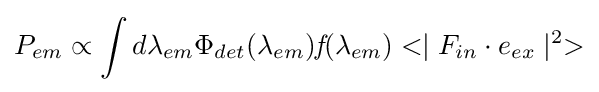
P_{em}\propto \int d\lambda _{em}\Phi _{det}(\lambda _{em}){\textit {f}}(\lambda _{em})<\mid F_{in}\cdot e_{ex}\mid ^{2}>